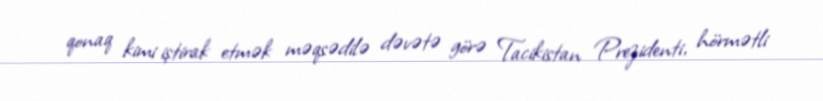
qonaq kimi iştirak etmək məqsədilə dəvətə görə Tacikistan Prezidenti, hörmətli